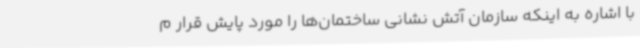
با اشاره به اینکه سازمان آتش نشانی ساختمان‌ها را مورد پایش قرار م